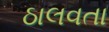
ઠાલવતા